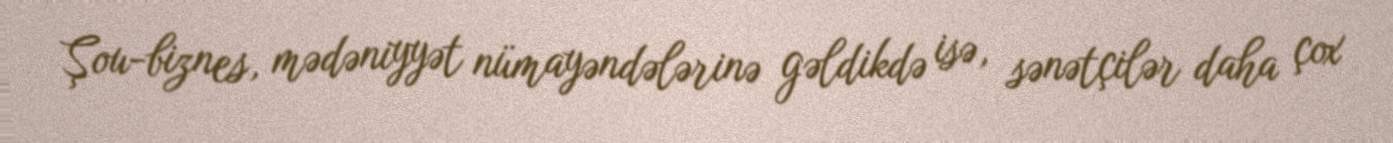
Şou-biznes, mədəniyyət nümayəndələrinə gəldikdə isə, sənətçilər daha çox